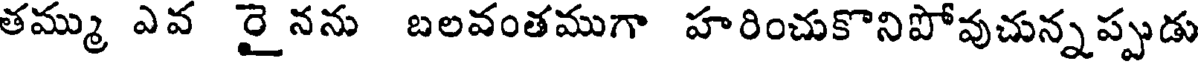
తమ్ము ఎవ రైనను బలవంతముగా హరించుకొనిపోవుచున్నప్పుడు